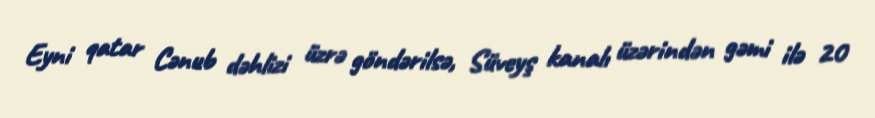
Eyni qatar Cənub dəhlizi üzrə göndərilsə, Süveyş kanalı üzərindən gəmi ilə 20